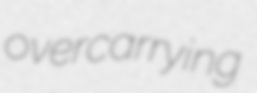
overcarrying